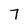
Character: 7